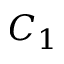
C _ { 1 }